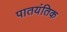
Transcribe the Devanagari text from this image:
पातयंतिक